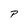
Character: P